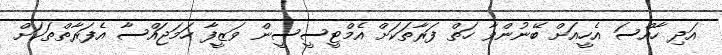
އަދި ހާއްސަ އެހީއަށް ބޭނުންވާ ހަތް ފަރާތަކަށް އެމްޓީސީސީން ވަޒީފާ ހަމަޖައްސާ އެފަރާތްތަކަށް